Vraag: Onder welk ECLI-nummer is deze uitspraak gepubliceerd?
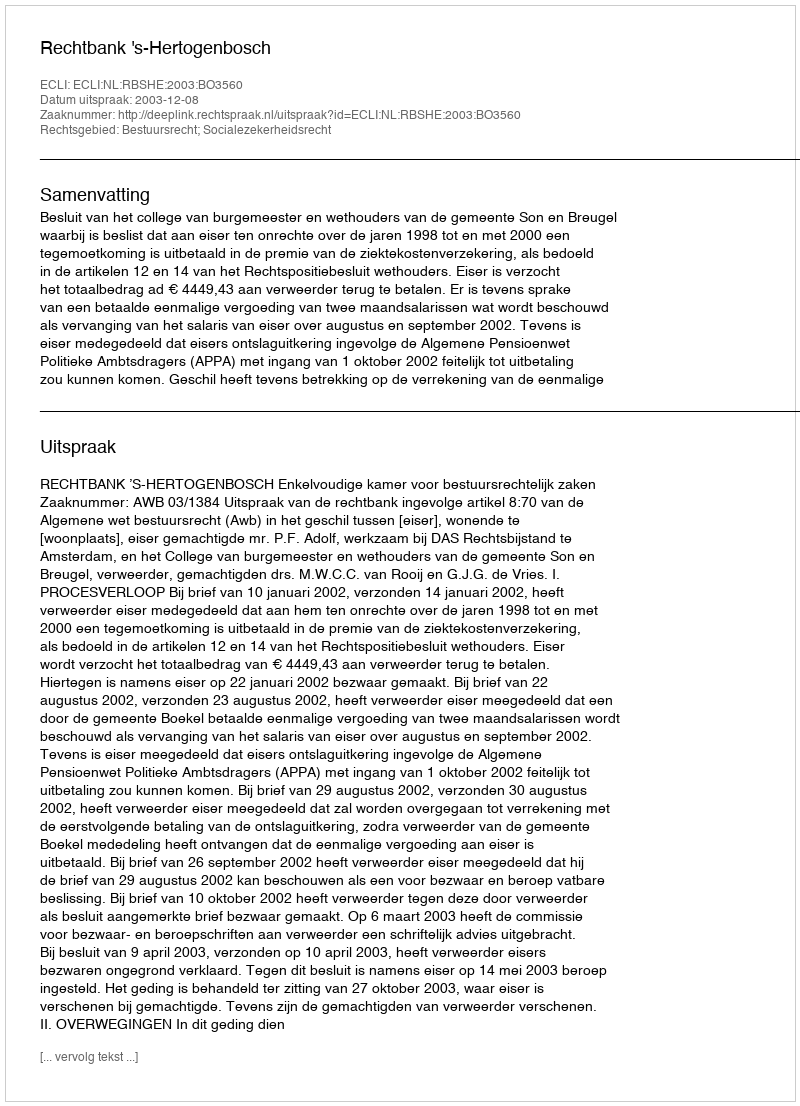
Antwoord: ECLI:NL:RBSHE:2003:BO3560